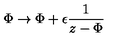
\nonumber \Phi \rightarrow \Phi + \epsilon { \frac { 1 } { z - \Phi } }